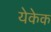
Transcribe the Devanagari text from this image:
येकेक